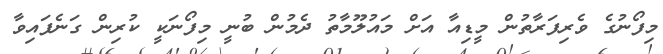
މިފޯނުގެ ވެރިފަރާތުން މީޑިއާ އަށް މައުލޫމާތު ދެމުން ބުނީ މިފޯނަކީ ކުރިން ގަނެފައިވާ